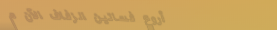
أروع فساتين الزفاف الآن م